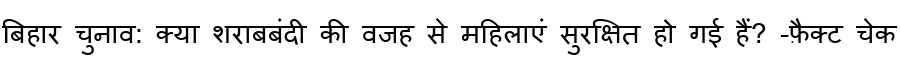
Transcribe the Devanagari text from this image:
बिहार चुनाव: क्या शराबबंदी की वजह से महिलाएं सुरक्षित हो गई हैं? -फ़ैक्ट चेक